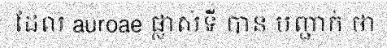
ដែល auroae ផ្លាស់ទី បាន បញ្ជាក់ ថា